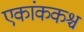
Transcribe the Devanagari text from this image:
एकांककश्च